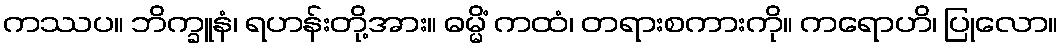
ကဿပ။ ဘိက္ခူနံ၊ ရဟန်းတို့အား။ ဓမ္မိံ ကထံ၊ တရားစကားကို။ ကရောဟိ၊ ပြုလော။